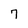
Character: 7